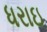
ધરાઇ